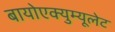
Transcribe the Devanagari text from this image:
बायोएक्युम्यूलेट